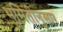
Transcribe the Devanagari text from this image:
भूमितीनुसार